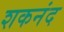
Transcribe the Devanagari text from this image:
शकनंद